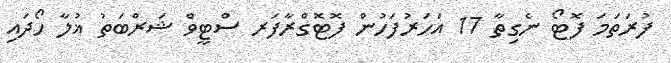
ފުރަތަމަ ފޮޓޯ ނެގިތާ 17 އަހަރުފަހުން ފޮޓޮގްރާފަރ ސްޓީވް ޝަރްބަތު ޣުލާ ހޯދައި